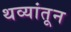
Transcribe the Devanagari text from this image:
थव्यांतून